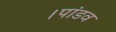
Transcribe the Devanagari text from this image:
।पांडव